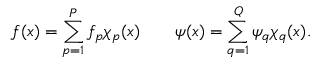
f ( x ) = \sum _ { p = 1 } ^ { P } f _ { p } \chi _ { p } ( x ) \qquad \psi ( x ) = \sum _ { q = 1 } ^ { Q } \psi _ { q } \chi _ { q } ( x ) .